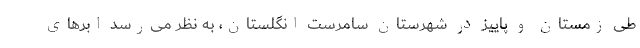
طی زمستان و پاییز در شهرستان سامرست انگلستان، به نظر می‌رسد ابر‌های